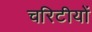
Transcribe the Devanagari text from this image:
चरिटीयों